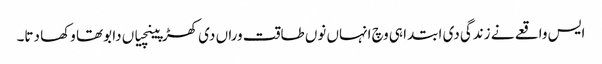
ایس واقعے نے زندگی دی ابتدا ہی وچ انہاں نوں طاقت وراں دی کھڑپینچیاں دا بوتھا وکھا دتا۔